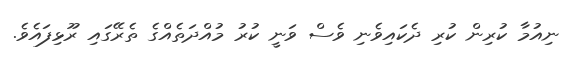
ނިއުމާ ކުރިން ކުރި ދެކައިވެނި ވެސް ވަނީ ކުރު މުއްދަތެއްގެ ތެރޭގައި ރޫޅިފައެވެ.